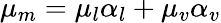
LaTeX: \mu_{m}=\mu_{l}\alpha_{l}+\mu_{v}\alpha_{v}